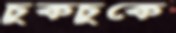
চুকচুকে